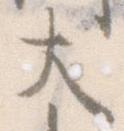
大